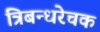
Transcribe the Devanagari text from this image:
त्रिबन्धरेचक